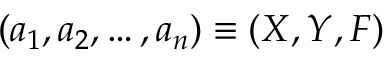
( a _ { 1 } , a _ { 2 } , \dots , a _ { n } ) \equiv ( X , Y , F )